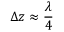
\Delta z \approx \frac { \lambda } { 4 }